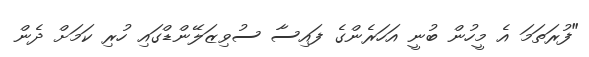
"ފުރަތަމަ އެ މީހުން ބުނީ އަހަރެންގެ ފައިސާ ސުވިޒަލޭންޑްގައި ހުރި ކަމަށް ދެން